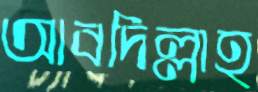
আবদিল্লাহ